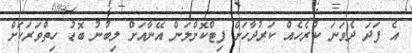
އެ ފަދަ ދެވަނަ ކުރެހެއް ކަރުދާހަށް ފިޓްކޮށްލަން އޭނާއަށް ލިބުނު ބޮޑު ހިތްވަރަކަށް